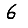
Digit: 6